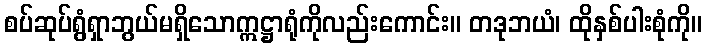
စပ်ဆုပ်ရွံရှာဘွယ်မရှိသောဣဋ္ဌာရုံကိုလည်းကောင်း။ တဒုဘယံ၊ ထိုနှစ်ပါးစုံကို။